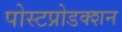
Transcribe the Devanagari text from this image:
पोस्टप्रोडक्शन